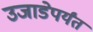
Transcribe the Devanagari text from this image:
उजाडेपर्यंत